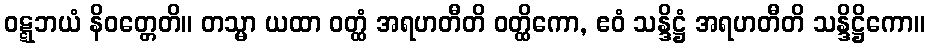
ဝဋ္ဋဘယံ နိဝတ္တေတိ။ တသ္မာ ယထာ ဝတ္ထံ အရဟတီတိ ဝတ္ထိကော, ဧဝံ သန္ဒိဋ္ဌံ အရဟတီတိ သန္ဒိဋ္ဌိကော။